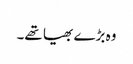
وہ بڑے بھیا تھے۔